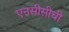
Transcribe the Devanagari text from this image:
एनसीसीची